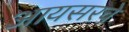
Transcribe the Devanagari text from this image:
आयसरचे